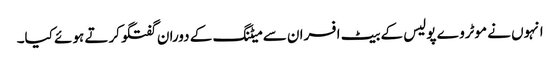
انہوں نے موٹروے پولیس کے بیٹ افسران سے میٹنگ کے دوران گفتگوکرتے ہوئے کیا۔